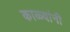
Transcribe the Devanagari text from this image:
काळ्यांनी